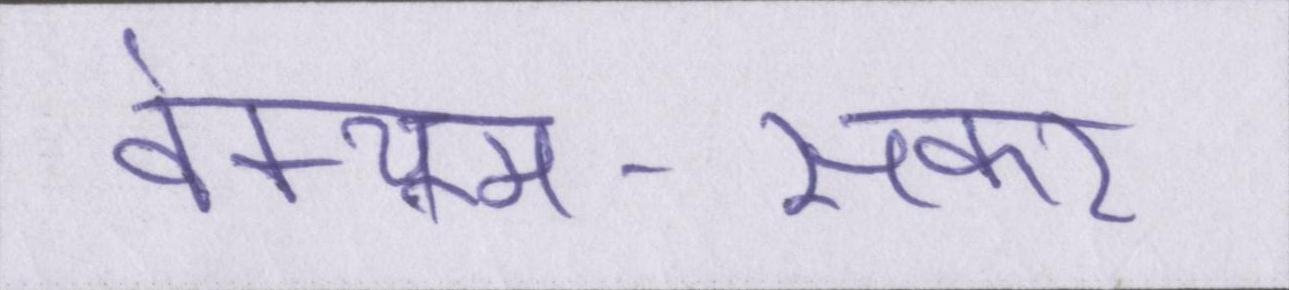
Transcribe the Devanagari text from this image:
वेक्यूम-सकर